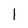
Character: l